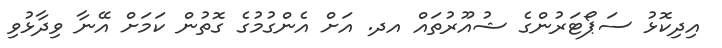
އިދިކޮޅު ސަޕޯޓަރުންގެ ޝުއޫރުތައް އދ. އަށް އެންގުމުގެ ގޮތުން ކަމަށް އޭނާ ވިދާޅުވި